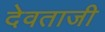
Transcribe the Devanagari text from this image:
देवताजी